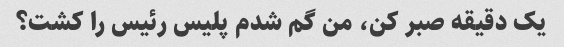
یک دقیقه صبر کن، من گم شدم پلیس رئیس را کشت؟